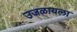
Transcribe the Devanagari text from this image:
उजळायला